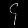
Digit: ၄